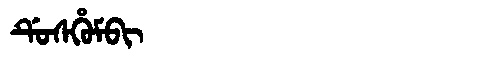
Manchu: ᡩᡠᠰᡥᡠᠮᠪᡳ
Romanization: DUSHUMBI